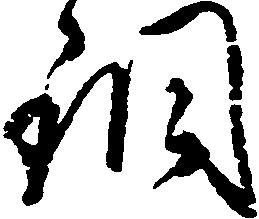
銅